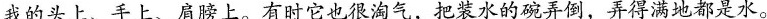
我的头上、手上、肩膀上。有时它也很淘气，把装水的碗弄倒，弄得满地都是水。